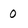
Character: 0